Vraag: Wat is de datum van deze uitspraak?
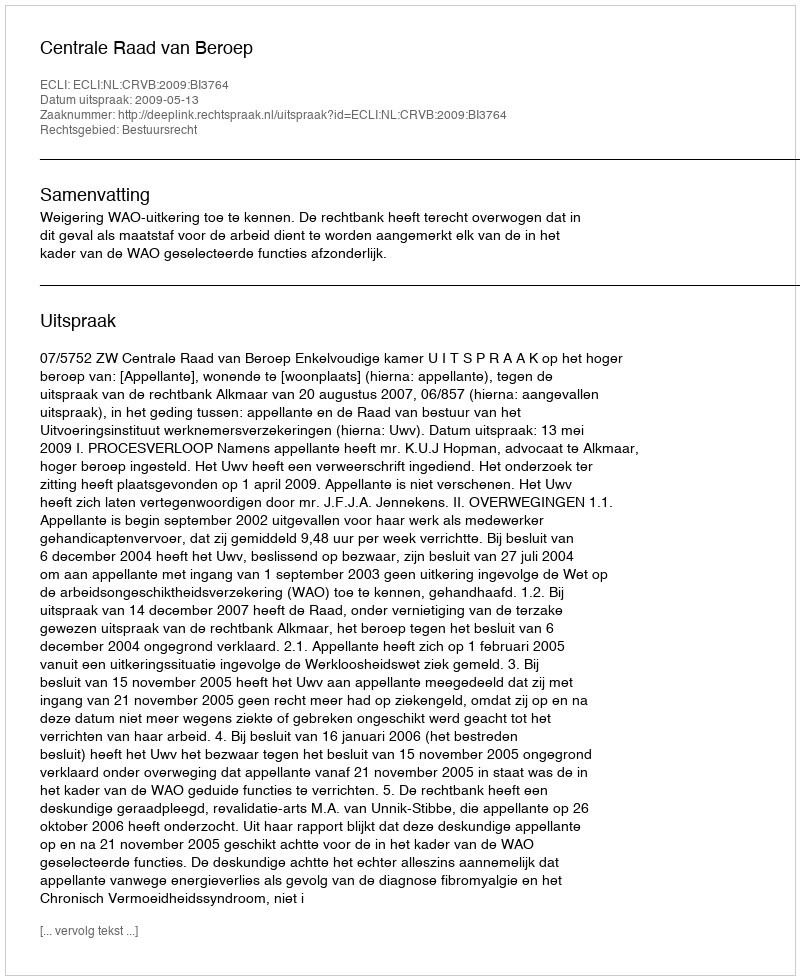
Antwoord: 2009-05-13